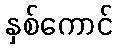
နှစ်ကောင်